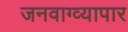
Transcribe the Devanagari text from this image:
जनवाग्व्यापार